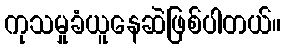
ကုသမှုခံယူနေဆဲဖြစ်ပါတယ်။